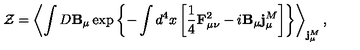
{ \cal Z } = \left< \int D { \bf B } _ { \mu } \exp \left\{ - \int d ^ { 4 } x \left[ \frac 1 4 { \bf F } _ { \mu \nu } ^ { 2 } - i { \bf B } _ { \mu } { \bf j } _ { \mu } ^ { M } \right] \right\} \right> _ { { \bf j } _ { \mu } ^ { M } } ,